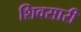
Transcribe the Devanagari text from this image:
शिवसारी